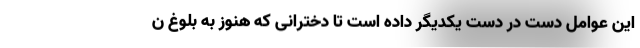
این عوامل دست در دست یکدیگر داده است تا دخترانی که هنوز به بلوغ ن